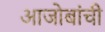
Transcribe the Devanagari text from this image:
आजोबांची